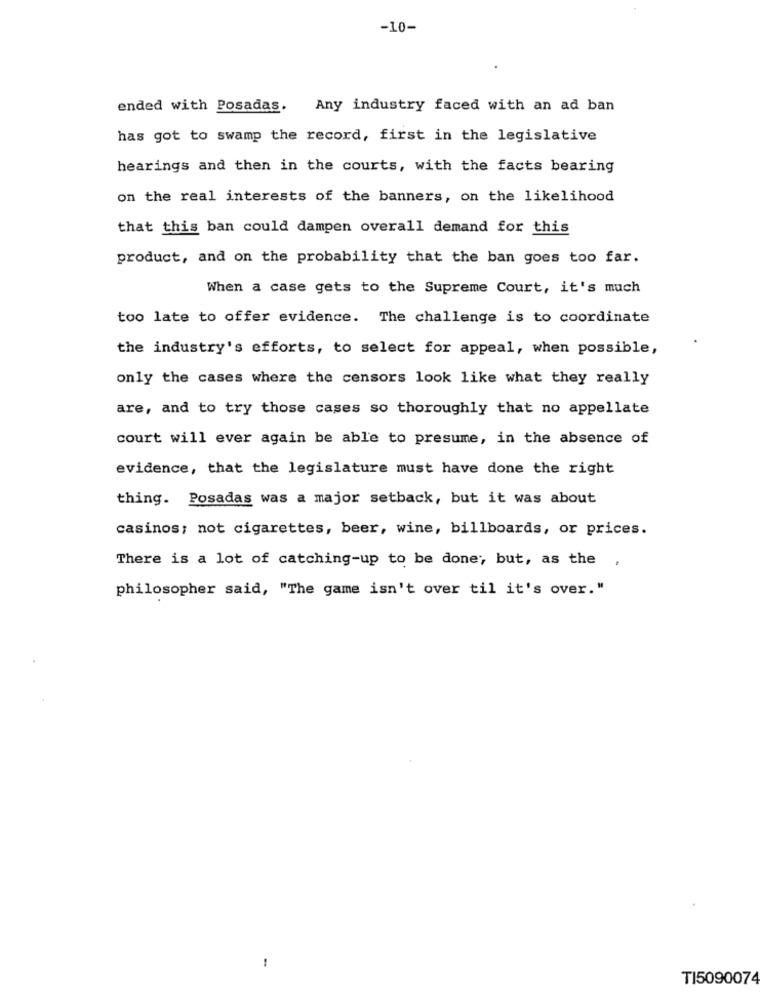
-10-
ended with Posadas. Any industry faced with an ad ban
has got to swamp the record, first in the legislative
hearings and then in the courts, with the facts bearing
on the real interests of the banners, on the likelihood
that this ban could dampen overall demand for this
product, and on the probability that the ban goes too far.
When a case gets to the Supreme Court, it's much
too late to offer evidence. The challenge is to coordinate
the industry's efforts, to select for appeal, when possible,
only the cases where the censors look like what they really
are, and to try those cases so thoroughly that no appellate
court will ever again be able to presume, in the absence of
evidence, that the legislature must have done the right
thing. Posadas was a major setback, but it was about
casinos; not cigarettes, beer, wine, billboards, or prices.
There is a lot of catching-up to be done; but, as the
philosopher said, "The game isn't over til it's over."
-
TI5090074